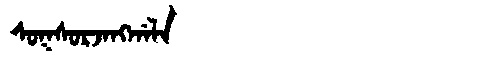
Manchu: ᠰᠣᡴᠰᠣᡵᠵᠠᠩᡤᠠᠯᠠ
Romanization: SOKSORJANGGALA